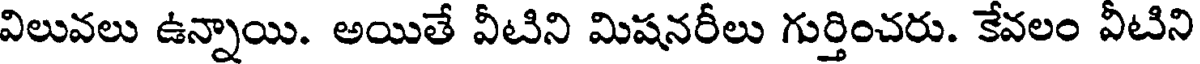
విలువలు ఉన్నాయి. అయితే వీటిని మిషనరీలు గుర్తించరు. కేవలం వీటిని